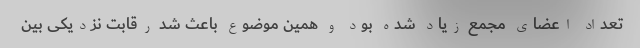
تعداد اعضای مجمع زیاد شده بود و همین موضوع باعث شد رقابت نزدیکی بین